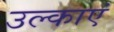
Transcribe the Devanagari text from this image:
उल्काएं